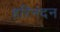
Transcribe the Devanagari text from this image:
हरिनंदन